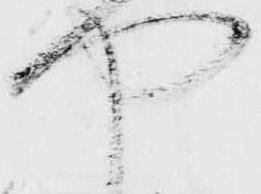
や